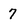
Character: 7